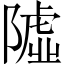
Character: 𨼋